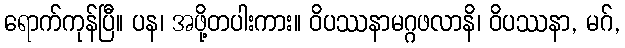
ရောက်ကုန်ပြီ။ ပန၊ အဖို့တပါးကား။ ဝိပဿနာမဂ္ဂဖလာနိ၊ ဝိပဿနာ, မဂ်,